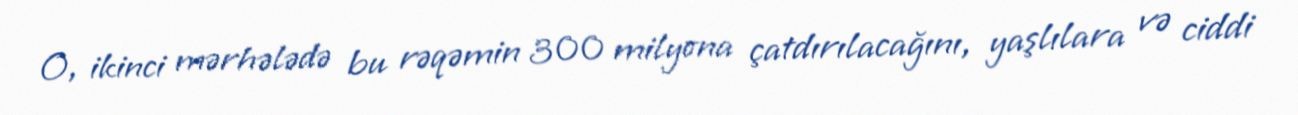
O, ikinci mərhələdə bu rəqəmin 300 milyona çatdırılacağını, yaşlılara və ciddi